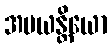
အပယန္တိယော